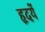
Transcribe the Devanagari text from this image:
हृदयें